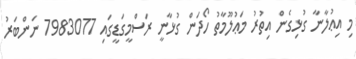
މި އިޢުލާނާ ގުޅިގެން އިތުރު މަޢުލޫމާތު ހޯދަން ގުޅާނީ ރަސްމީގަޑީގައި 7983077 ނަންބަރު